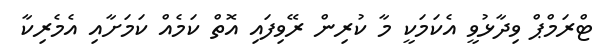
ޓްރަމްޕް ވިދާޅުވީ އެކަމަކީ މާ ކުރިން ރޭވިފައި އޮތް ކަމެއް ކަމަށާއި އެމެރިކާ